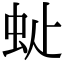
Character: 𧉆